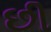
છી